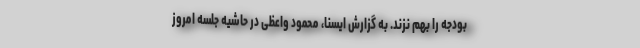
بودجه را بهم نزند. به گزارش ایسنا، محمود واعظی در حاشیه جلسه امروز